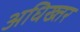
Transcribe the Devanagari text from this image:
अधिख्तर